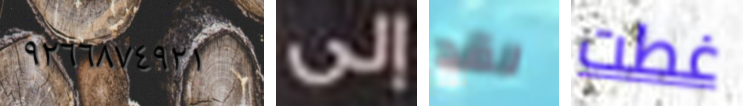
٩٢٦٦٨٧٤٩٢١ إلى لقد غطت